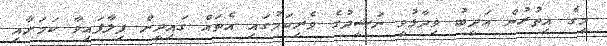
މީގެ އިތުރުން އަދީބު ވިދާޅުވީ ނަޝީދުގެ ވެރިކަމުގައި އެތައް ގައިދީން ފިލާފައިވާ ކަމަށާއި